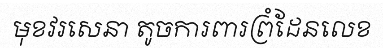
មុខវរសេនា តូចការពារព្រំដែនលេខ